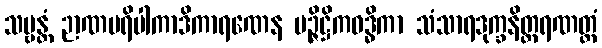
သဗ္ဗန္တံ ဉာဏပရိပါကာဒိကာရဏေန မဉ္ဇိဋ္ဌိကဝဒ္ဓိကာ သံသာရဒုက္ခနိတ္ထရဏတ္ထံ